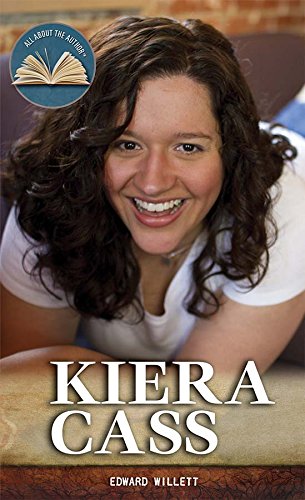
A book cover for Kiera Cass (All About the Author); Edward Willett; Teen & Young Adult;